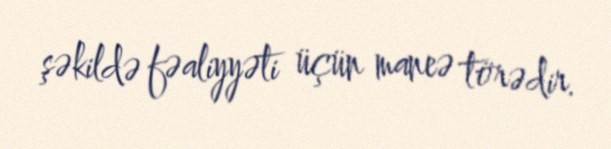
şəkildə fəaliyyəti üçün maneə törədir.